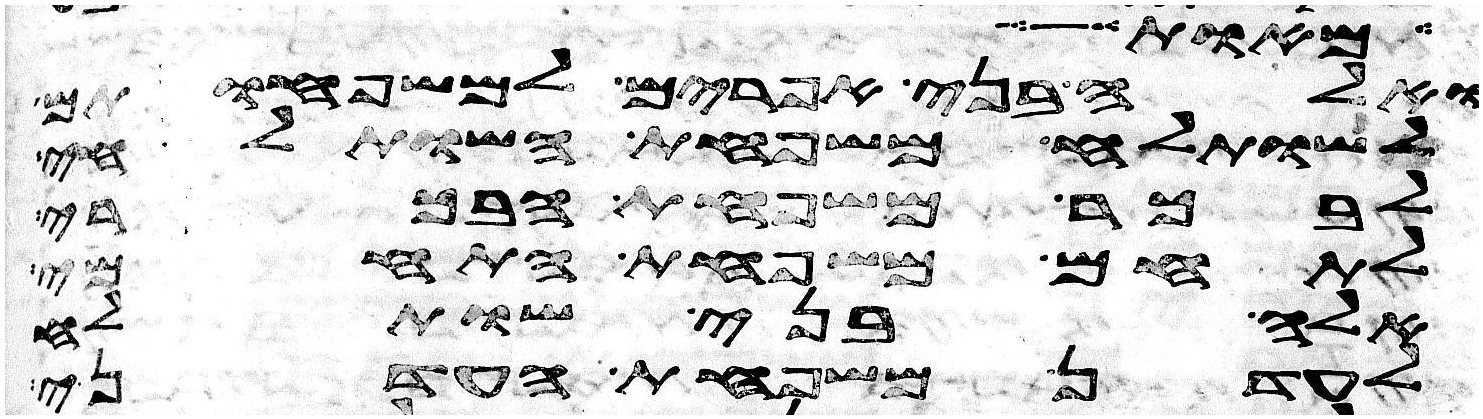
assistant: מאות
ואלה בני אפרים למשפחותם
לשותלח משפחת השותלחי
לבכר משפחת הבכרי
לתחם משפחת התחמי
אלה בני שותלח
לעדן משפחת העדני